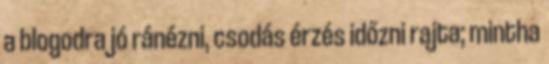
a blogodra jó ránézni, csodás érzés időzni rajta; mintha